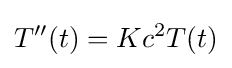
T''(t)=Kc^{2}T(t)